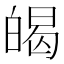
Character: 㿣